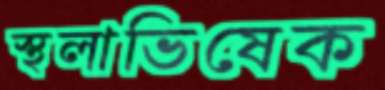
স্থলাভিষেক